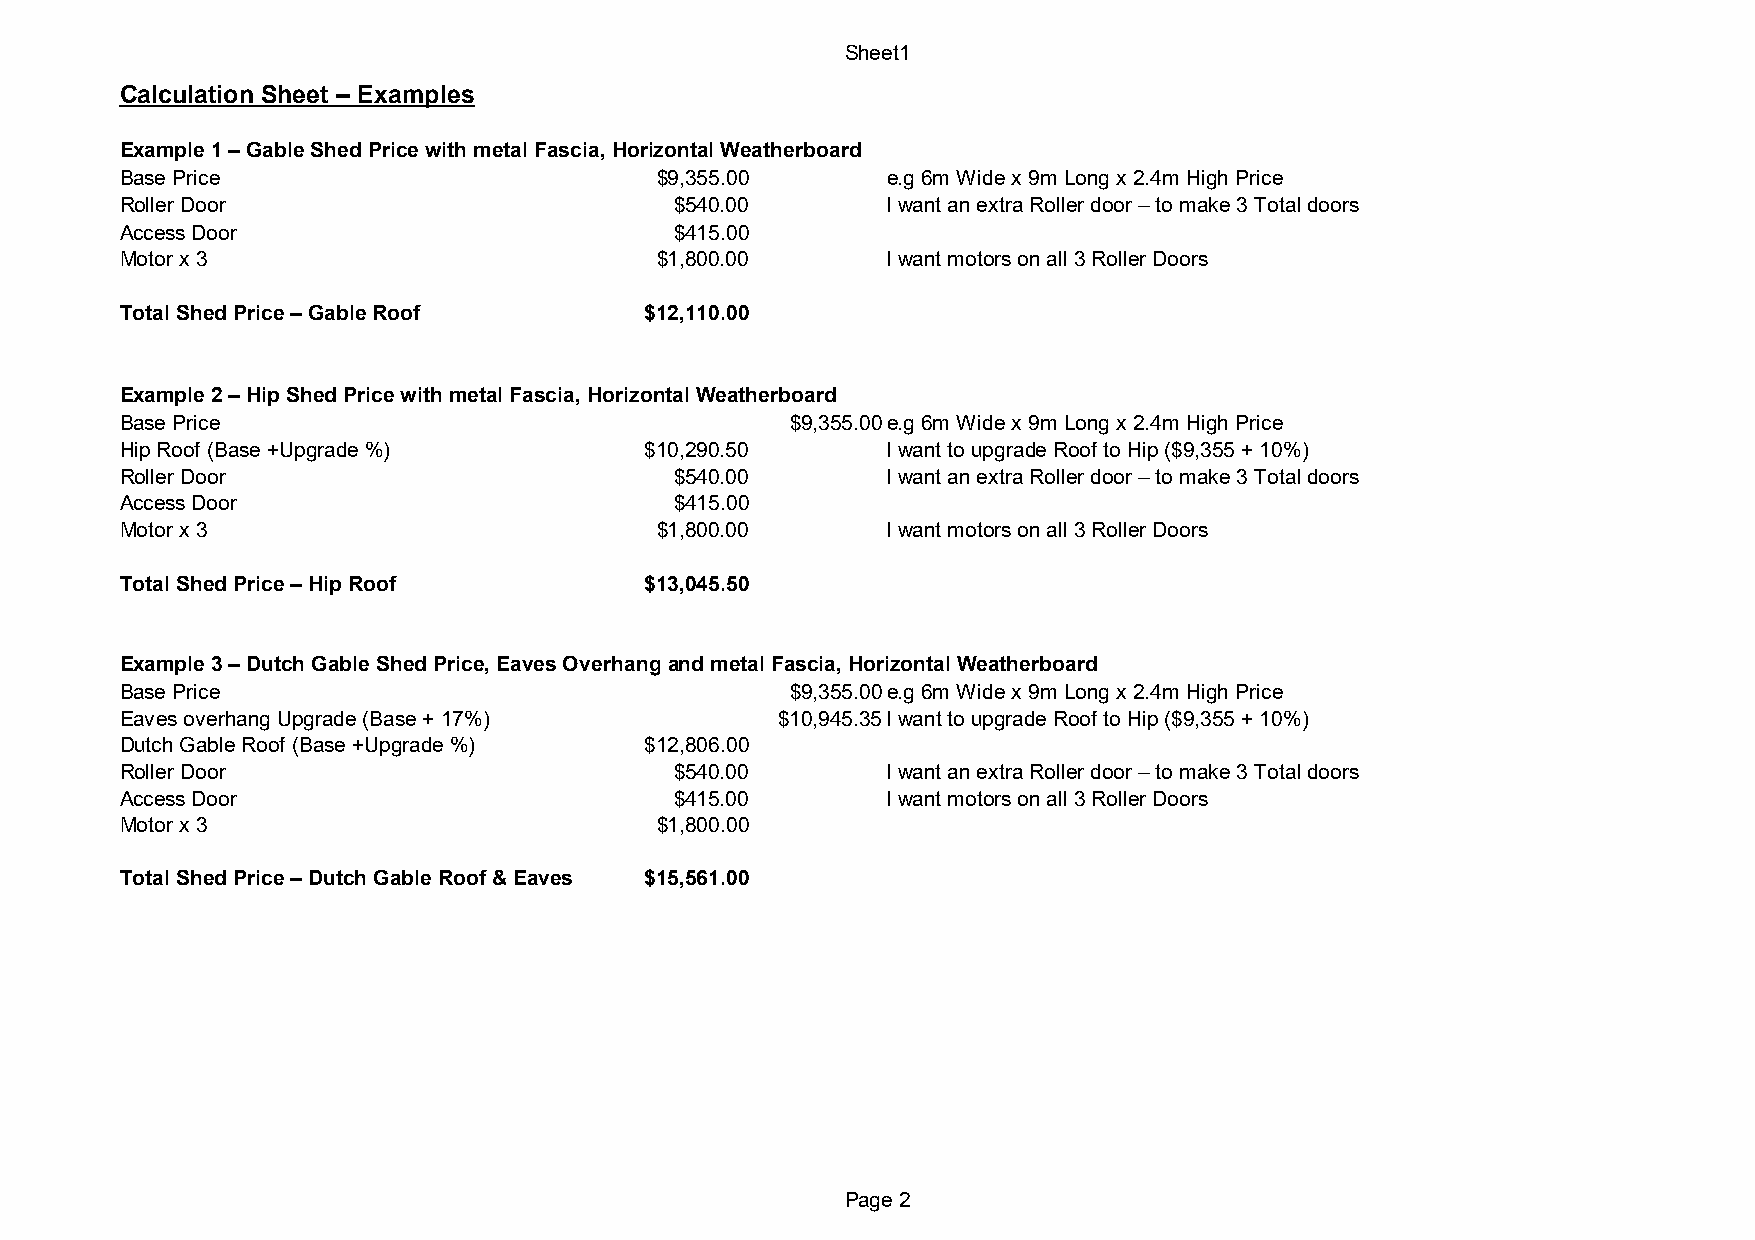
Sheet1
 Calculation Sheet – Examples
 Example 1 – Gable Shed Price with metal Fascia, Horizontal Weatherboard
 Base Price                         $9,355.00       e.g 6m Wide x 9m Long x 2.4m High Price
 Roller Door                          $540.00       I want an extra Roller door – to make 3 Total doors
 Access Door                          $415.00
 Motor x 3                          $1,800.00       I want motors on all 3 Roller Doors
 Total Shed Price – Gable Roof      $12,110.00
 Example 2 – Hip Shed Price with metal Fascia, Horizontal Weatherboard
 Base Price                                  $9,355.00e.g 6m Wide x 9m Long x 2.4m High Price
 Hip Roof (Base +Upgrade %)         $10,290.50      I want to upgrade Roof to Hip ($9,355 + 10%)
 Roller Door                          $540.00       I want an extra Roller door – to make 3 Total doors
 Access Door                          $415.00
 Motor x 3                          $1,800.00       I want motors on all 3 Roller Doors
 Total Shed Price – Hip Roof        $13,045.50
 Example 3 – Dutch Gable Shed Price, Eaves Overhang and metal Fascia, Horizontal Weatherboard
 Base Price                                  $9,355.00e.g 6m Wide x 9m Long x 2.4m High Price
 Eaves overhang Upgrade (Base + 17%)         $10,945.35I want to upgrade Roof to Hip ($9,355 + 10%)
 Dutch Gable Roof (Base +Upgrade %) $12,806.00
 Roller Door                          $540.00       I want an extra Roller door – to make 3 Total doors
 Access Door                          $415.00       I want motors on all 3 Roller Doors
 Motor x 3                          $1,800.00
 Total Shed Price – Dutch Gable Roof & Eaves $15,561.00
 Page 2